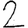
Digit: 2